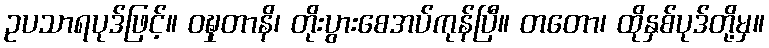
ဥပသာရပုဒ်ဖြင့်။ ဝဍ္ဎှတာနိ၊ တိုးပွားစေအပ်ကုန်ပြီ။ တတော၊ ထိုနှစ်ပုဒ်တို့မှ။